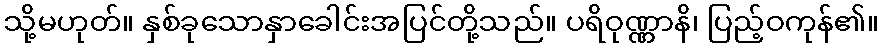
သို့မဟုတ်။ နှစ်ခုသောနှာခေါင်းအပြင်တို့သည်။ ပရိဝုဏ္ဏာနိ၊ ပြည့်ဝကုန်၏။